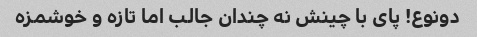
دونوع! پای با چینش نه چندان جالب اما تازه و خوشمزه